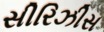
સીરિઝીસ